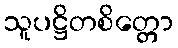
သူပဋ္ဌိတစိတ္တော